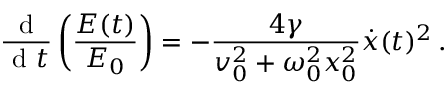
\frac { \textrm { d } } { \textrm { d } t } \left( \frac { E ( t ) } { E _ { 0 } } \right) = - \frac { 4 \gamma } { v _ { 0 } ^ { 2 } + \omega _ { 0 } ^ { 2 } x _ { 0 } ^ { 2 } } \dot { x } ( t ) ^ { 2 } \, .